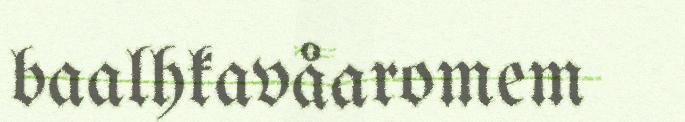
baalhkavåaromem